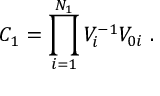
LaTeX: C _ { 1 } = \prod _ { i = 1 } ^ { N _ { 1 } } V _ { i } ^ { - 1 } V _ { 0 i } \ .